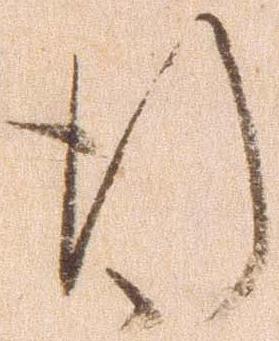
行